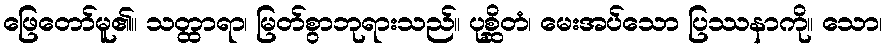
ဖြေတော်မူ၏။ သတ္ထာရာ၊ မြတ်စွာဘုရားသည်။ ပုစ္ဆိတံ၊ မေးအပ်သော ပြဿနာကို။ သော၊